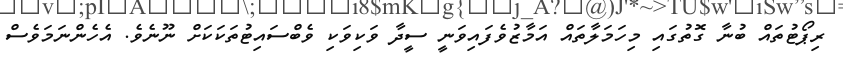
ރިޕޯޓުތައް ބުނާ ގޮތުގައި މިހަމަލާތައް އަމާޒުވެފައިވަނީ ސީދާ ވަކިވަކި ވެބްސައިޓުތަކަކަށް ނޫނެވެ. އެހެންނަމަވެސް